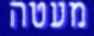
מעטה